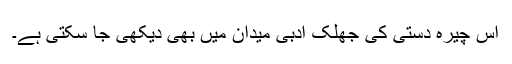
اس چیرہ دستی کی جھلک ادبی میدان میں بھی دیکھی جا سکتی ہے۔